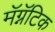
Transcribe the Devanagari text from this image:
मॅग्नॅटिक